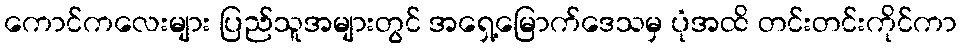
ကောင်ကလေးများ ပြည်သူအများတွင် အရှေ့မြောက်ဒေသမှ ပုံအထိ တင်းတင်းကိုင်ကာ